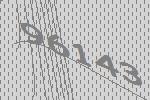
96143